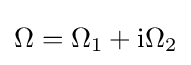
\Omega =\Omega _{1}+\mathrm {i} \Omega _{2}